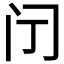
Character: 𮤫